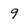
Character: 9